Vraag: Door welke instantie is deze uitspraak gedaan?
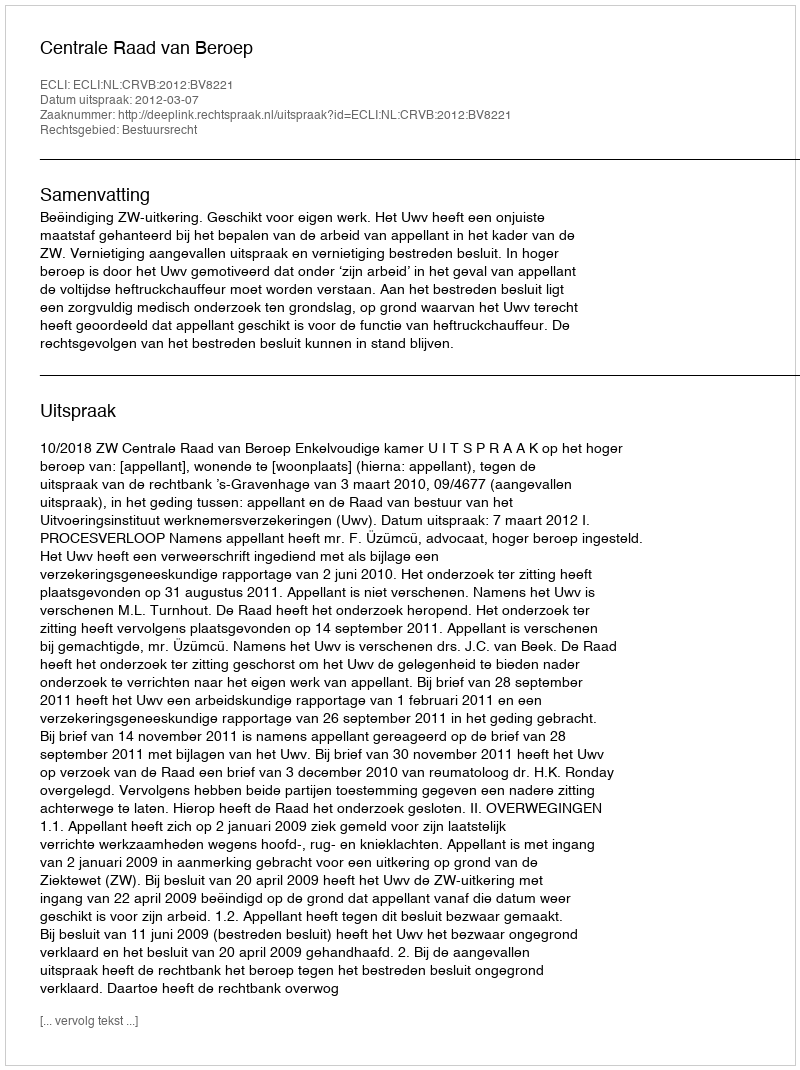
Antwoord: Centrale Raad van Beroep